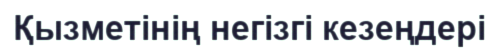
Қызметінің негізгі кезеңдері